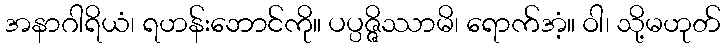
အနာဂါရိယံ၊ ရဟန်းဘောင်ကို။ ပပ္ပဇ္ဇိဿာမိ၊ ရောက်အံ့။ ဝါ၊ သို့မဟုတ်